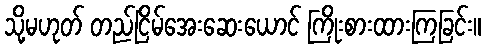
သို့မဟုတ် တည်ငြိမ်အေးဆေးယောင် ကြိုးစားထားကြခြင်း။